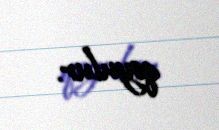
qoyulur.